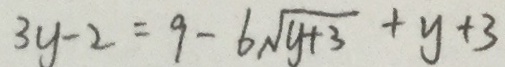
3 y - 2 = 9 - 6 \sqrt { y + 3 } + y + 3